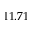
1 1 . 7 1